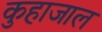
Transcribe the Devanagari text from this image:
कुहाजाल